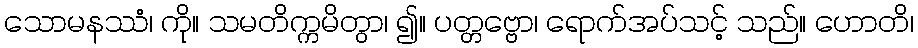
သောမနဿံ၊ ကို။ သမတိက္ကမိတွာ၊ ၍။ ပတ္တဗ္ဗော၊ ရောက်အပ်သင့် သည်။ ဟောတိ၊